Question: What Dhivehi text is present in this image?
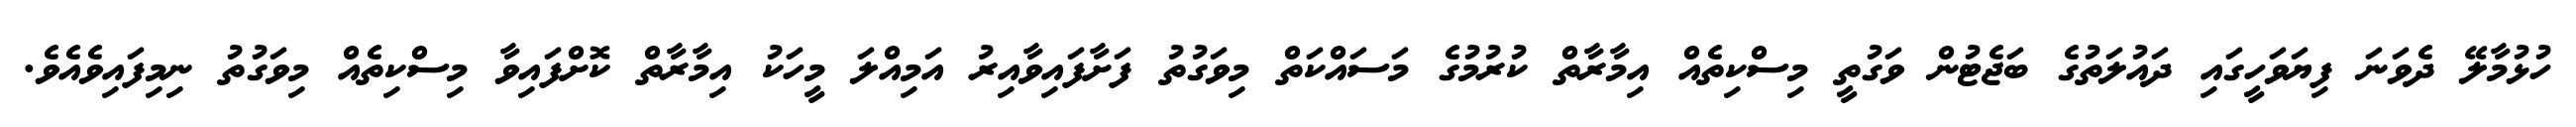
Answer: ހުޅުމާލޭ ދެވަނަ ފިޔަވަހީގައި ދައުލަތުގެ ބަޖެޓުން ވަގުތީ މިސްކިތެއް އިމާރާތް ކުރުމުގެ މަސައްކަތް މިވަގުތު ފަށާފައިވާއިރު އަމިއްލަ މީހަކު އިމާރާތް ކޮށްފައިވާ މިސްކިތެއް މިވަގުތު ނިމިފައިވެއެވެ.